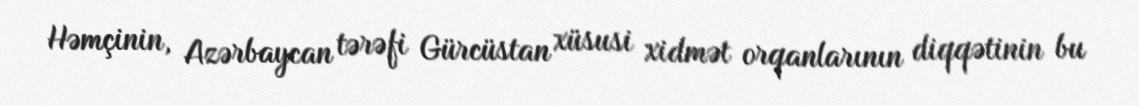
Həmçinin, Azərbaycan tərəfi Gürcüstan xüsusi xidmət orqanlarının diqqətinin bu